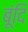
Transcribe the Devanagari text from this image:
बूंदि